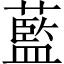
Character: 藍